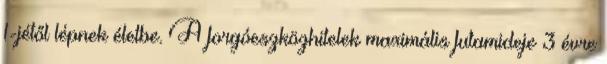
1-jétől lépnek életbe. A forgóeszközhitelek maximális futamideje 3 évre